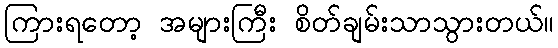
ကြားရတော့ အများကြီး စိတ်ချမ်းသာသွားတယ်။